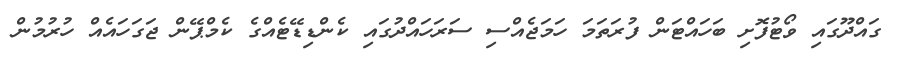
ގައްދޫގައި ވޯޓުފޮށި ބަހައްޓަން ފުރަތަމަ ހަަމަޖެއްސި ސަރަހައްދުގައި ކެންޑިޑޭޓެއްގެ ކެމްޕޭން ޖަގަހައެއް ހުރުމުން